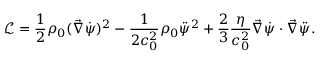
\mathcal { L } = \frac 1 2 \rho _ { 0 } ( \vec { \nabla } \dot { \psi } ) ^ { 2 } - \frac { 1 } { 2 c _ { 0 } ^ { 2 } } \rho _ { 0 } \ddot { \psi } ^ { 2 } + \frac 2 3 \frac { \eta } { c _ { 0 } ^ { 2 } } \vec { \nabla } \dot { \psi } \cdot \vec { \nabla } \ddot { \psi } .